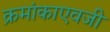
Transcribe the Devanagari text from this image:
क्रमांकाएवजी